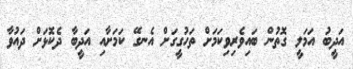
އަދީބު އަމަލީ ގޮތުން ބައިވެރިވިކަމަށް ތަހުގީގަށް އެނގޭ ކަމަށާއި އަދީބާ ދެކޮޅަށް ދައުވާ